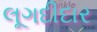
લૂગદીદાર